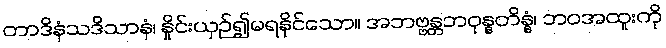
တာဒိနံသဒိသာနံ၊ နှိုင်းယှဉ်၍မရနိုင်သော။ အဘဗ္ဗန္တဘဝုန္နတိန္နံ၊ ဘဝအထူးကို